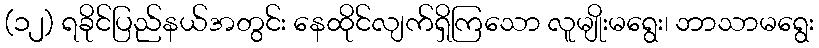
(၁၂) ရခိုင်ပြည်နယ်အတွင်း နေထိုင်လျက်ရှိကြသော လူမျိုးမရွေး၊ ဘာသာမရွေး